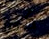
كما